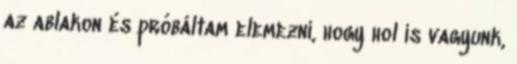
az ablakon és próbáltam elemezni, hogy hol is vagyunk,